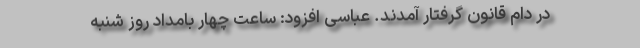
در دام قانون گرفتار آمدند. عباسی افزود: ساعت چهار بامداد روز شنبه